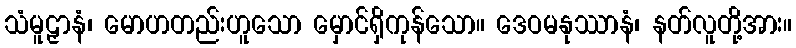
သံမူဠှာနံ၊ မောဟတည်းဟူသော မှောင်ရှိကုန်သော။ ဒေဝမနုဿာနံ၊ နတ်လူတို့အား။